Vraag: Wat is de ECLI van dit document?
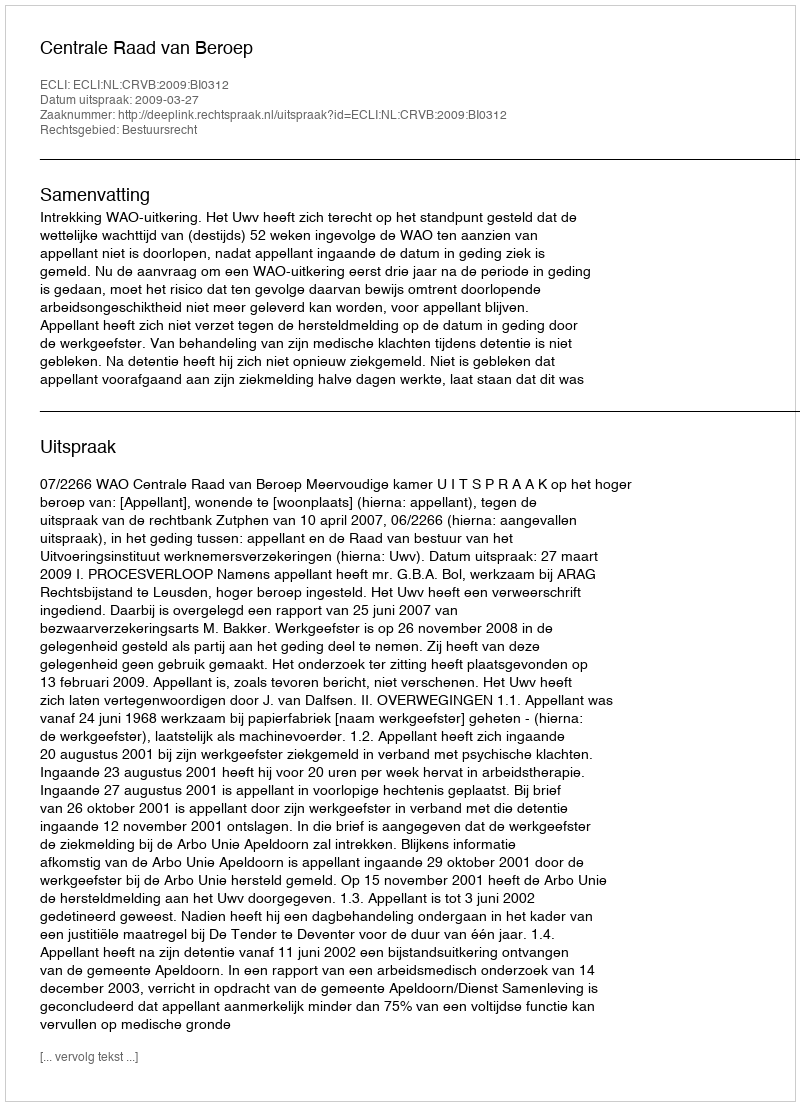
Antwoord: ECLI:NL:CRVB:2009:BI0312